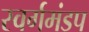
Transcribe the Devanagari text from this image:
स्वर्गमंडप